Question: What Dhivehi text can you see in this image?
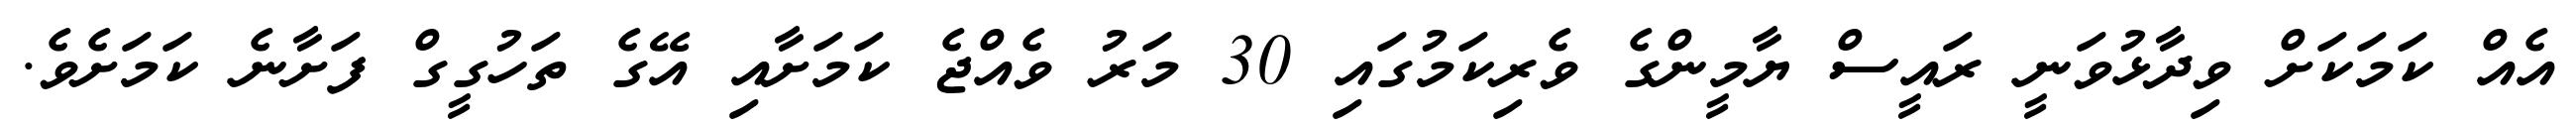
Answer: އެއް ކަމަކަށް ވިދާޅުވަނީ ރައީސް ޔާމީންގެ ވެރިކަމުގައި 30 މަރު ވެއްޖެ ކަމަށާއި އޭގެ ތަހުގީގް ފަށާނެ ކަމަށެވެ.